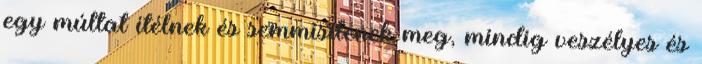
egy múltat ítélnek és semmisítenek meg, mindig veszélyes és